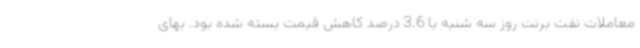
معاملات نفت برنت روز سه شنبه با 3.6 درصد کاهش قیمت بسته شده بود. بهای